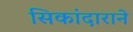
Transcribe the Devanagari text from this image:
सिकांदाराने